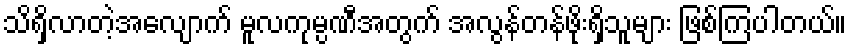
သိရှိလာတဲ့အလျောက် မူလကုမ္ပဏီအတွက် အလွန်တန်ဖိုးရှိသူများ ဖြစ်ကြပါတယ်။